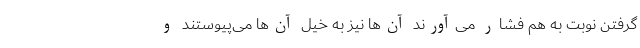
گرفتن نوبت به هم فشار می‌آورند آن‌ها نیز به خیل آن‌ها می‌پیوستند و